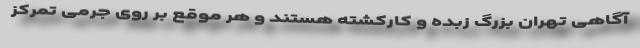
آگاهی تهران بزرگ زبده و کارکشته هستند و هر موقع بر روی جرمی تمرکز